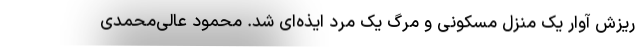
ریزش آوار یک منزل مسکونی و مرگ یک مرد ایذه‌ای شد. محمود عالی‌محمدی